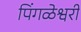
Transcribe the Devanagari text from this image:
पिंगळेश्वरी